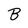
Character: B